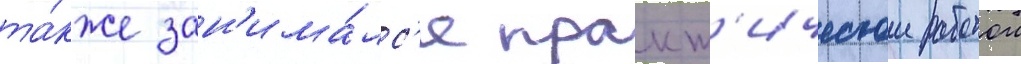
та́кже зан'има́лс'я практ'ическои работои